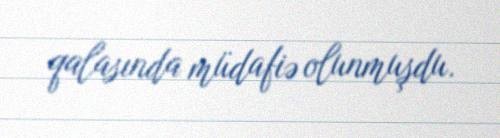
qalasında müdafiə olunmuşdu.